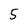
Character: 5